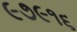
૯૭૯૧૬